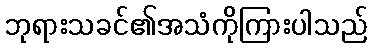
ဘုရားသခင်၏အသံကိုကြားပါသည်